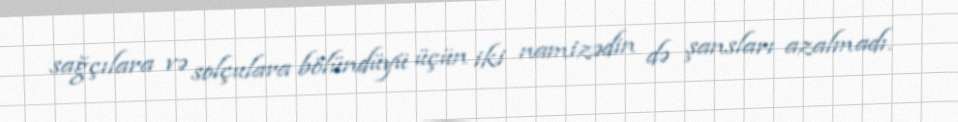
sağçılara və solçulara bölündüyü üçün iki namizədin də şansları azalmadı.